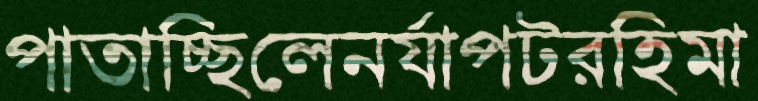
পাতাচ্ছিলেনর‍্যাপটরহিমা